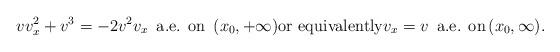
LaTeX: \begin{align*}vv_x^2+v^3=-2v^2v_x \,\hbox{ a.e. on }\, (x_0,+\infty)\hbox{or equivalently} v_x=v \,\hbox{ a.e. on}\, (x_0,\infty).\end{align*}